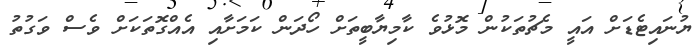
ޔުނައިޓެޑަށް އައީ މެޗުތަކުން މޮޅުވެ ކާމިޔާބީތަށް ހޯދަން ކަމަށާއި އެއްގޮތަކަށް ވެސް ވަގުތު